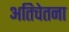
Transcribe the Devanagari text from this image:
अतिचेतना